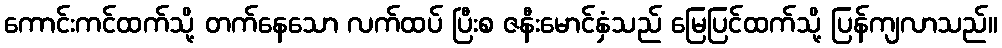
ကောင်းကင်ထက်သို့ တက်နေသော လက်ထပ် ပြီးစ ဇနီးမောင်နှံသည် မြေပြင်ထက်သို့ ပြန်ကျလာသည်။